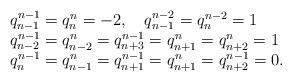
\begin{align*}\begin {array}{lcr}q_{n-1}^{n-1}=q_n^n=-2,\quad q_{n-1}^{n-2}=q_n^{n-2}=1 \\ q_{n-2}^{n-1}=q_{n-2}^{n}=q_{n+3}^{n-1}=q_{n+1}^{n}=q^n_{n+2}=1\\q_{n}^{n-1}=q_{n-1}^n=q_{n+1}^{n-1}=q_{n+1}^{n}=q_{n+2}^{n-1}=0. \end{array}\end{align*}